画像に写った文字を読んでください
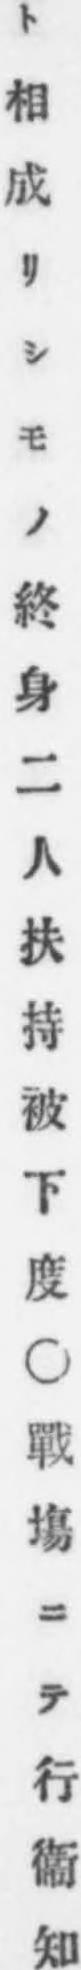
「ト相成リシモノ終身二人扶持被下度○戰塲ニテ行衞知」と書いてあります